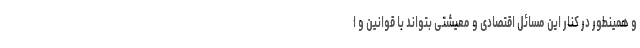
و همینطور در کنار این مسائل اقتصادی و معیشتی بتواند با قوانین و ا